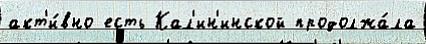
акт'и́вно есть Кал'ин'инской продолжа́ла